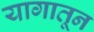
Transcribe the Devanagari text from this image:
यागातून